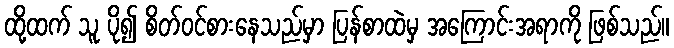
ထို့ထက် သူ ပို၍ စိတ်ဝင်စားနေသည်မှာ ပြန်စာထဲမှ အကြောင်းအရာကို ဖြစ်သည်။